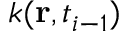
k ( \mathbf { r } , t _ { i - 1 } )